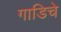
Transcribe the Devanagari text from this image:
गाडिचे